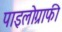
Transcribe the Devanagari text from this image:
पाइलोग्राफी